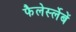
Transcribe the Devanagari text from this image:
फैलेर्स्लेबें